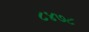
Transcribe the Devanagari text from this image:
८४७८